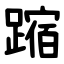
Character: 蹜